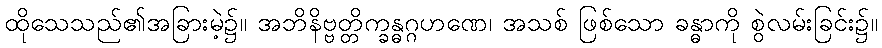
ထိုသေသည်၏အခြားမဲ့၌။ အဘိနိဗ္ဗတ္တိက္ခန္ဓဂ္ဂဟဏေ၊ အသစ် ဖြစ်သော ခန္ဓာကို စွဲလမ်းခြင်း၌။